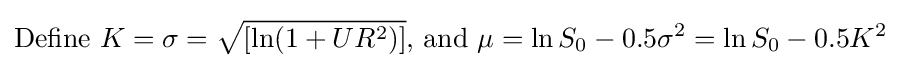
{\text{Define }}K=\sigma ={\sqrt {\left[\ln(1+UR^{2})\right]}}{\text{, and }}\mu =\ln S_{0}-0.5\sigma ^{2}=\ln S_{0}-0.5K^{2}